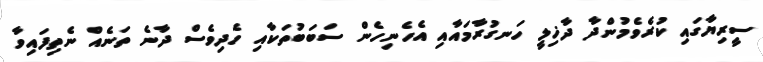
ސީރިޔާގައި ކުރެވެމުންދާ ދާޚިލީ ހަނގުރާމައާއި އެހެނިހެން ސަބަބުތަކާއި ހެދިވެސް ދާނެ ތަނެއް ނެތިފައިވާ